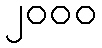
၂၀၀၀